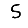
Digit: 5